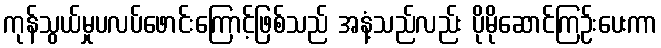
ကုန်သွယ်မှုပလပ်ဖောင်းကြောင့်ဖြစ်သည် အနံ့သည်လည်း ပိုမိုဆောင်ကြဉ်းပေးကာ